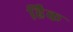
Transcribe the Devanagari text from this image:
हैिक